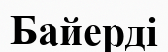
Байерді